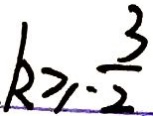
k \geq - \frac { 3 } { 2 }